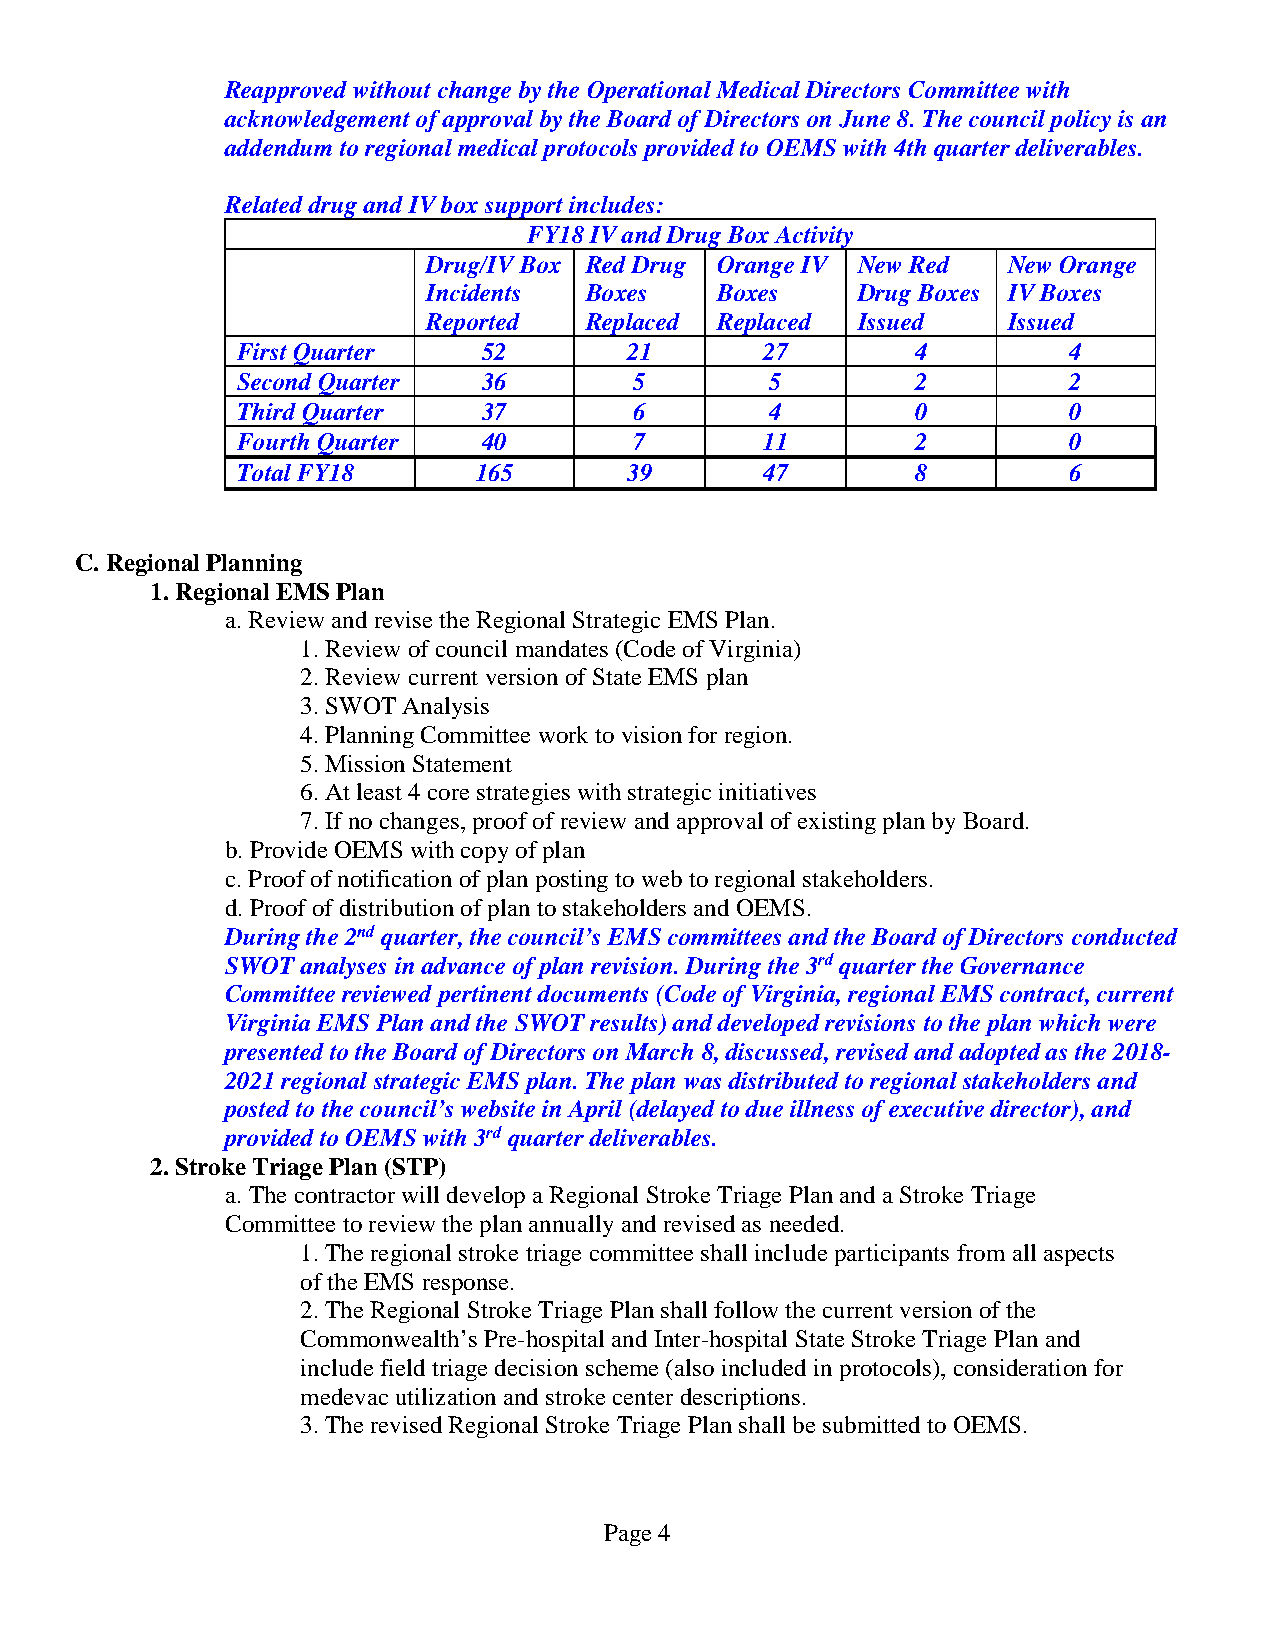
Reapproved without change by the Operational Medical Directors Committee with
 acknowledgement of approval by the Board of Directors on June 8. The council policy is an
 addendum to regional medical protocols provided to OEMS with 4th quarter deliverables.
 Related drug and IV box support includes:
 FY18 IV and Drug Box Activity
 Drug/IV Box Red Drug Orange IV New Red New Orange
 Incidents  Boxes   Boxes     Drug Boxes IV Boxes
 Reported   Replaced Replaced Issued    Issued
 First Quarter   52        21       27        4         4
 Second Quarter  36        5        5         2         2
 Third Quarter   37        6        4         0         0
 Fourth Quarter  40        7        11        2         0
 Total FY18     165        39       47        8         6
 C. Regional Planning
 1. Regional EMS Plan
 a. Review and revise the Regional Strategic EMS Plan.
 1. Review of council mandates (Code of Virginia)
 2. Review current version of State EMS plan
 3. SWOT Analysis
 4. Planning Committee work to vision for region.
 5. Mission Statement
 6. At least 4 core strategies with strategic initiatives
 7. If no changes, proof of review and approval of existing plan by Board.
 b. Provide OEMS with copy of plan
 c. Proof of notification of plan posting to web to regional stakeholders.
 d. Proof of distribution of plan to stakeholders and OEMS.
 During the 2nd quarter, the council’s EMS committees and the Board of Directors conducted
 SWOT analyses in advance of plan revision. During the 3rd quarter the Governance
 Committee reviewed pertinent documents (Code of Virginia, regional EMS contract, current
 Virginia EMS Plan and the SWOT results) and developed revisions to the plan which were
 presented to the Board of Directors on March 8, discussed, revised and adopted as the 2018-
 2021 regional strategic EMS plan. The plan was distributed to regional stakeholders and
 posted to the council’s website in April (delayed to due illness of executive director), and
 provided to OEMS with 3rd quarter deliverables.
 2. Stroke Triage Plan (STP)
 a. The contractor will develop a Regional Stroke Triage Plan and a Stroke Triage
 Committee to review the plan annually and revised as needed.
 1. The regional stroke triage committee shall include participants from all aspects
 of the EMS response.
 2. The Regional Stroke Triage Plan shall follow the current version of the
 Commonwealth’s Pre-hospital and Inter-hospital State Stroke Triage Plan and
 include field triage decision scheme (also included in protocols), consideration for
 medevac utilization and stroke center descriptions.
 3. The revised Regional Stroke Triage Plan shall be submitted to OEMS.
 Page 4